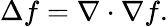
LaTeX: \Delta f=\nabla\cdot\nabla f.